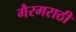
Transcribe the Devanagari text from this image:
गैरमराठी